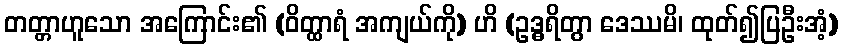
တတ္တာဟူသော အကြောင်း၏ (ဝိတ္ထာရံ အကျယ်ကို) ဟိ (ဥဒ္ဓရိတွာ ဒေဿမိ၊ ထုတ်၍ပြဦးအံ့)